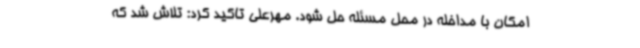
امکان با مداخله در محل مسئله حل شود. مهرعلی تاکید کرد: تلاش شد که